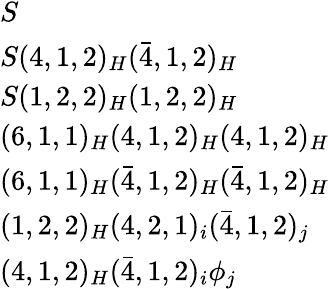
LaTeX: \begin{array}{l}{S}\\ {S(4,1,2)_{H}({\bar{4}},1,2)_{H}}\\ {S(1,2,2)_{H}(1,2,2)_{H}}\\ {(6,1,1)_{H}(4,1,2)_{H}(4,1,2)_{H}}\\ {(6,1,1)_{H}({\bar{4}},1,2)_{H}({\bar{4}},1,2)_{H}}\\ {(1,2,2)_{H}(4,2,1)_{i}({\bar{4}},1,2)_{j}}\\ {(4,1,2)_{H}({\bar{4}},1,2)_{i}\phi_{j}}\end{array}